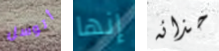
أتوسل إنها حذائه